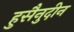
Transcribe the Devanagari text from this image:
हुसैनुदीन